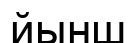
йынш